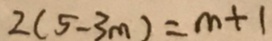
2 ( 5 - 3 m ) = m + 1